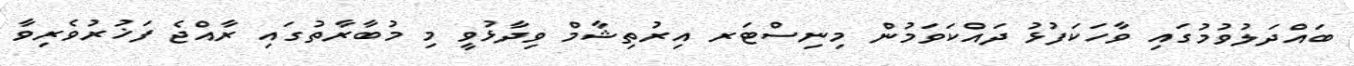
ބައްދަލުވުމުގައި ވާހަކަފުޅު ދައްކަވަމުން މިނިސްޓަރ އިރުތިޝާމް ވިދާޅުވީ މި މުބާރާތުގައި ރާއްޖެ ފަޚުރުވެރިވާ